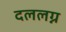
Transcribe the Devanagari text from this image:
दललग्न